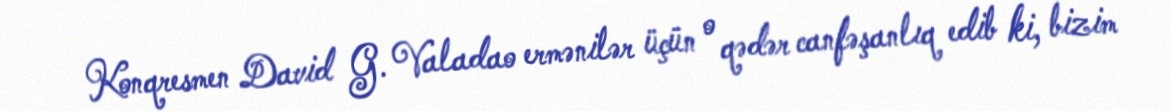
Konqresmen David G. Valadao ermənilər üçün o qədər canfəşanlıq edib ki, bizim